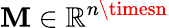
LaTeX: \mathbf{M}\in\mathbb{{R}}^{n\timesn}